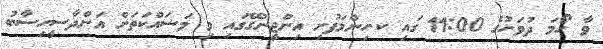
ވާ ހޯމަ ދުވަހުގެ 11:00 ގައި ކ.ހިންމަފުށި އިންޖީނުގޭގައި މި މަސައްކަތަށް އަންދާސީހިސާބު